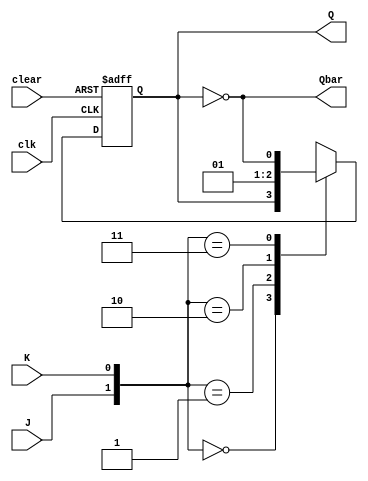
`timescale 1ns / 1ps


module myJK(J, K, clk, clear, Q, Qbar);

input J,K,clk,clear;
output Q, Qbar;
reg Q;

always @(posedge clk or posedge clear)
	begin
		if(clear==1)
		begin
			Q<= 0;
		end
		else
		begin
		case({J,K})
		2'b00: Q <= Q;  //same
		2'b01: Q <= 0;	// reset
		2'b10: Q <= 1; 	// set
		2'b11: Q <= ~Q; //toggle
		endcase
		end
	end

assign  Qbar = ~Q;

endmodule